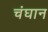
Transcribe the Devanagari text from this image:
चंघान